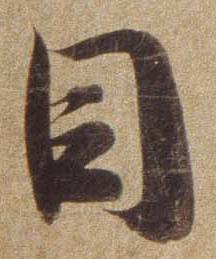
目